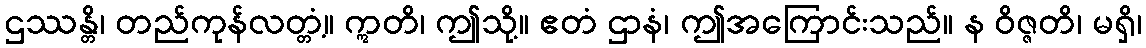
ဌဿန္တိ၊ တည်ကုန်လတ္တံ့။ ဣတိ၊ ဤသို့။ ဧတံ ဌာနံ၊ ဤအကြောင်းသည်။ န ဝိဇ္ဇတိ၊ မရှိ၊